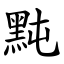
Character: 黗